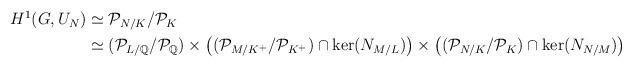
LaTeX: \begin{align*}\begin{aligned}H^1(G,U_N) & \simeq\mathcal{P}_{N/K}/\mathcal{P}_K \\& \simeq(\mathcal{P}_{L/\mathbb{Q}}/\mathcal{P}_\mathbb{Q}) \times\left((\mathcal{P}_{M/K^+}/\mathcal{P}_{K^+})\cap\ker(N_{M/L})\right) \times\left((\mathcal{P}_{N/K}/\mathcal{P}_K)\cap\ker(N_{N/M})\right)\end{aligned}\end{align*}